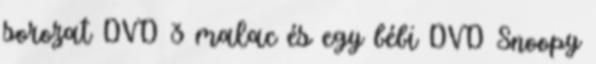
sorozat DVD 3 malac és egy bébi DVD Snoopy